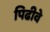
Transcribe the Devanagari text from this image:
पिढीवे